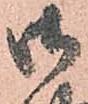
御